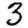
Digit: 3